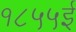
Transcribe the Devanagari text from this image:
१८५५ई